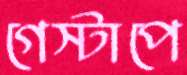
গেস্টাপে